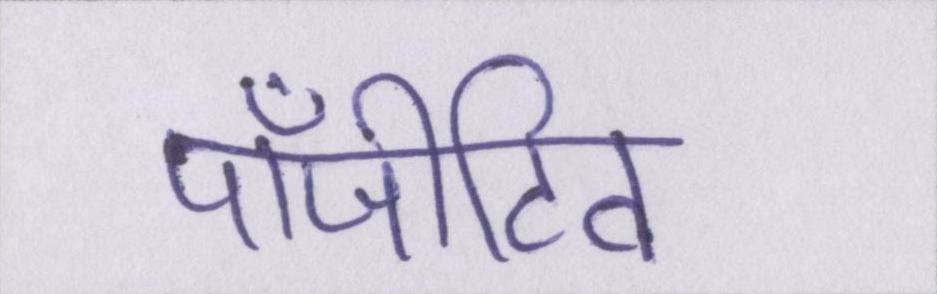
पॉजीटिव